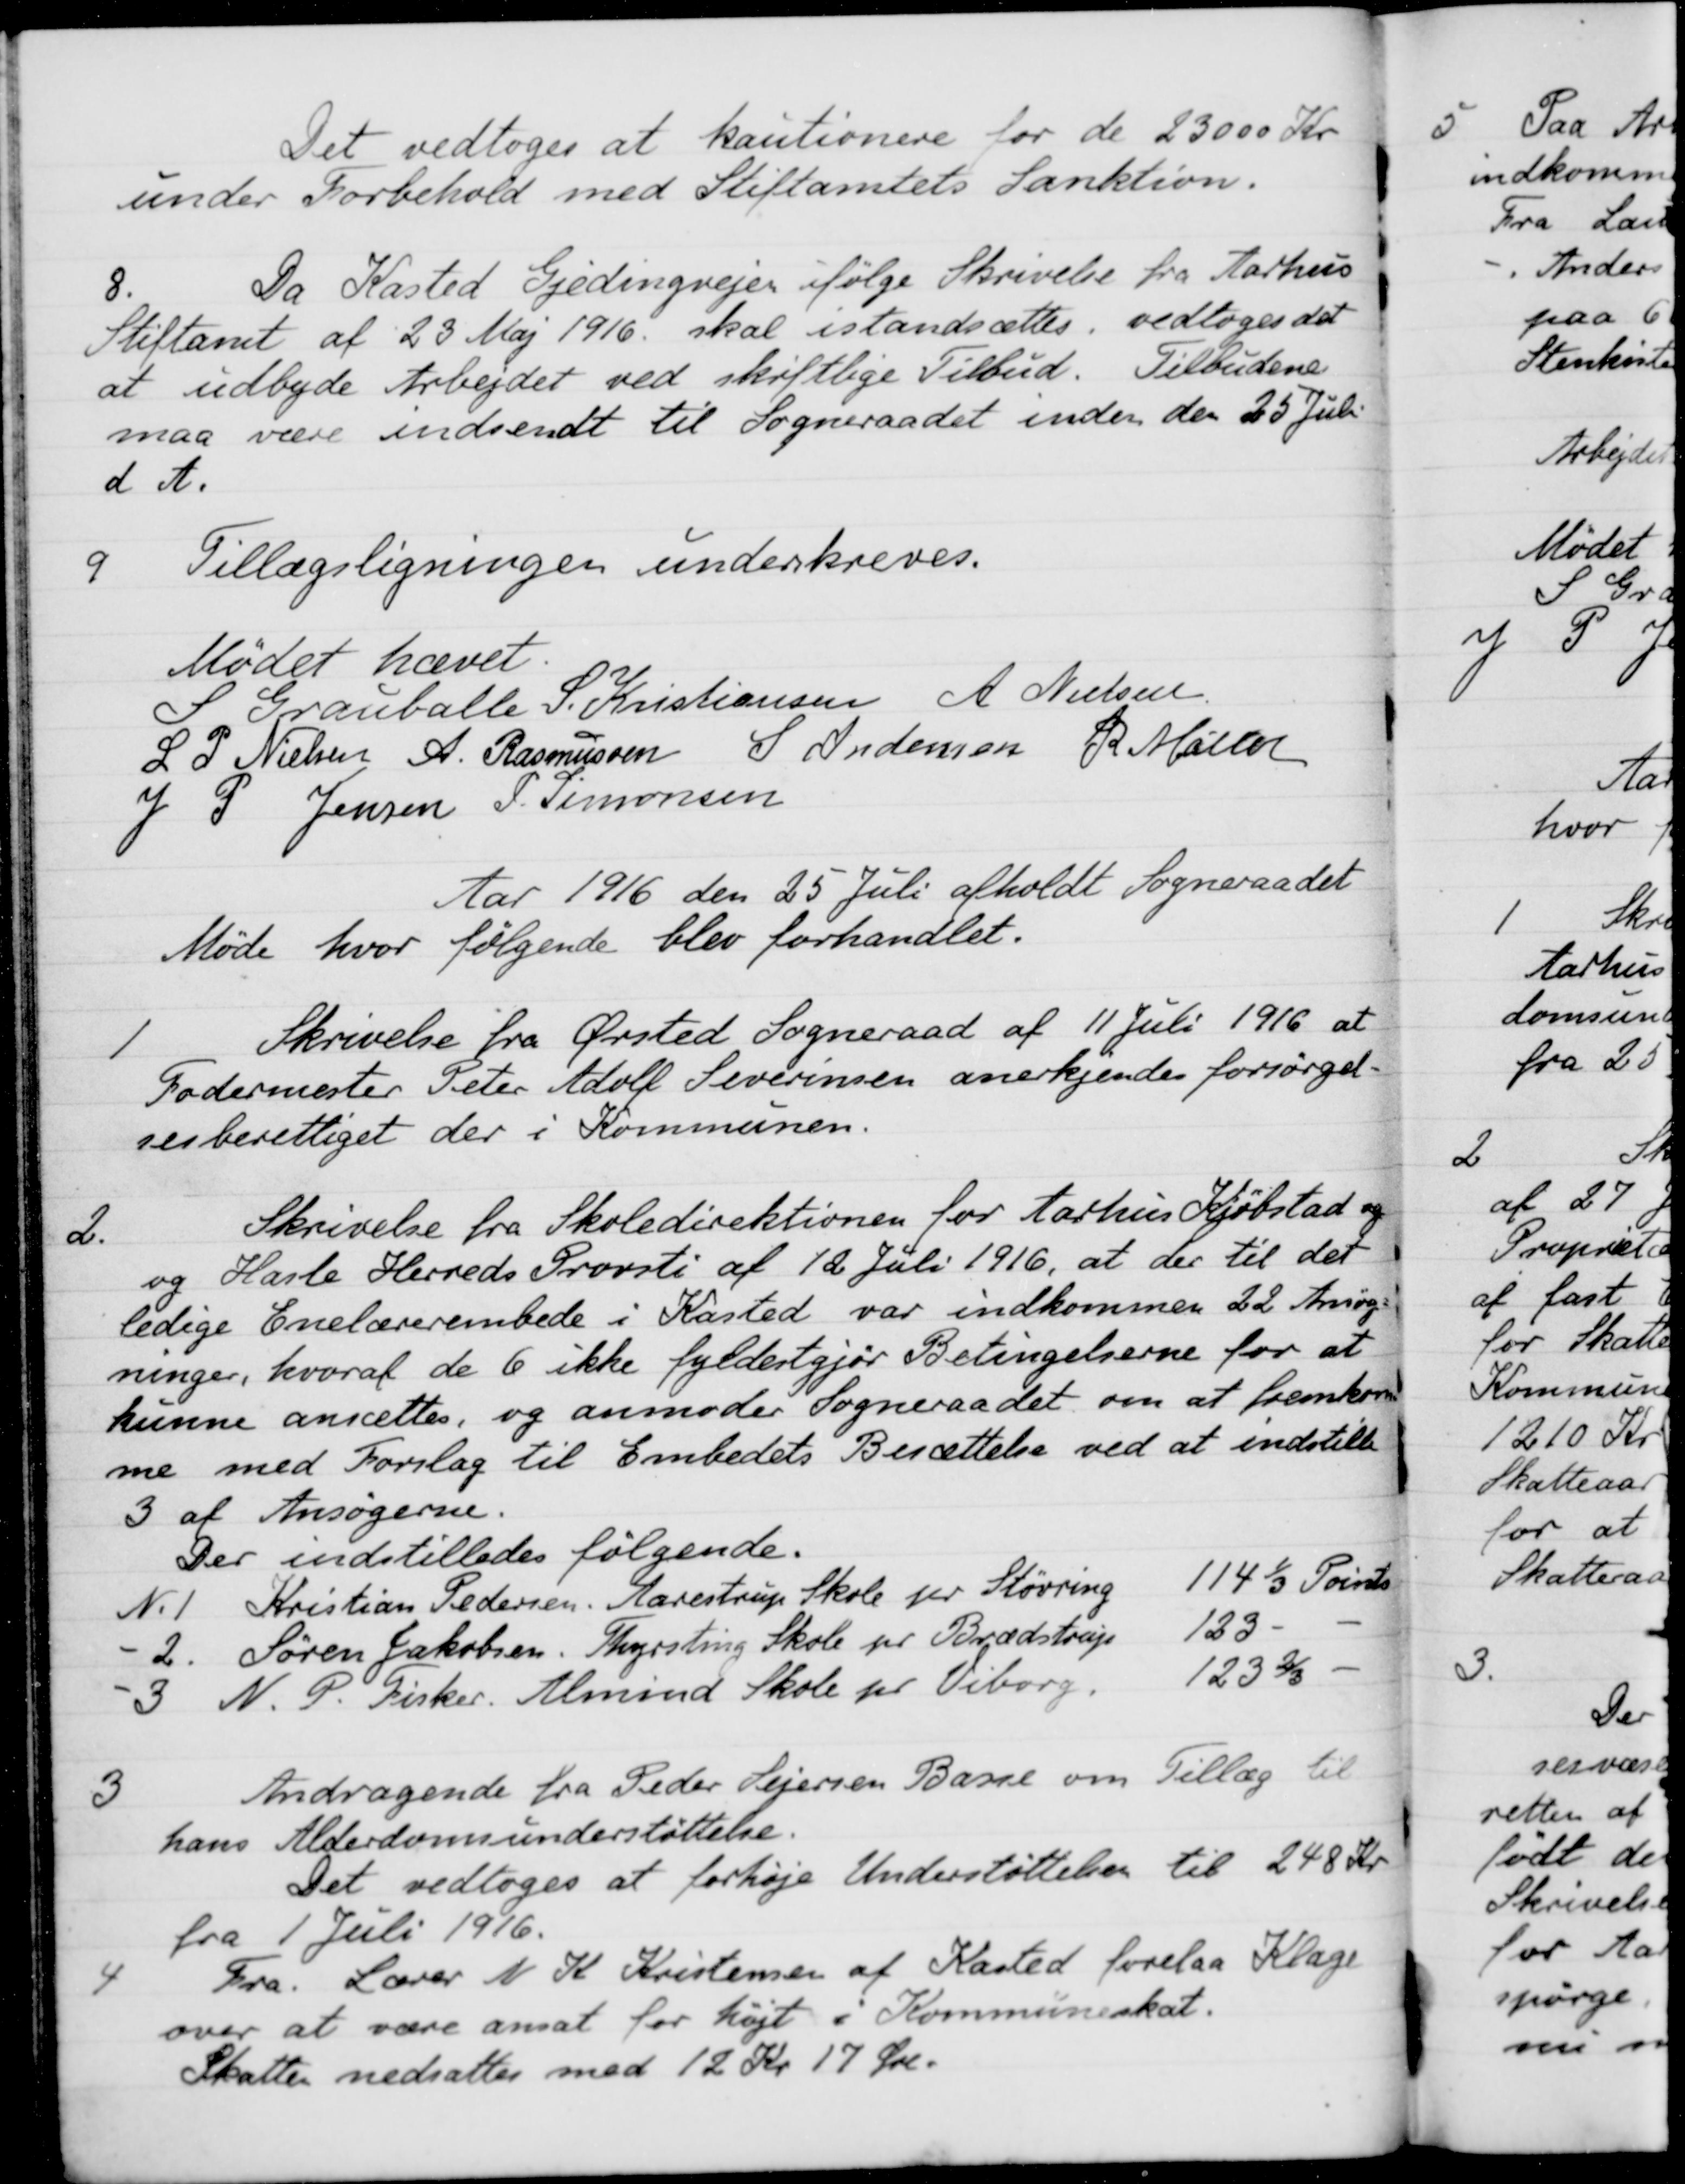
Transskription:
Det vedtoges at kautionere for de 23000 Kr
under Forbehold med Stiftamtets Sanktion.
8.
Da Kasted Gjedingvejen ifølge Skrivelse fra Aarhus
Stiftamt af 23 Maj 1916 skal istandsættes, vedtoges det
at udbyde Arbejdet ved skiftlige Tilbud. Tilbudene
maa være indsendt til Sogneraadet inden den 25 Juli
d. A.
9
Tillægsligningen underskreves.
Mødet hævet.
S Grauballe
S. Kristiansen
A. Nielsen
L P. Nielsen
A. Rasmussen
S Andersen
R. Møller
J P Jensen
P. Simonsen
Aar 1916 den 25 Juli afholdt Sogneraadet
Møde hvor følgende blev forhandlet.
1
Skrivelse fra Ørsted Sogneraad af 11 Juli 1916 at
Fodermester Peter Adolf Severensen anerkjendes forsørgel-
sesberettiget der i Kommunen.
2.
Skrivelse fra Skoledirektionen for Aarhus Kjøbstad og
og Hasle Herreds Provsti af 12 Juli 1916, at der til det
ledige Enelærerembede i Kasted var indkommen 22 Ansøg-
ninger, hvoraf de 6 ikke fyldestgjør Betingelserne for at
kunne ansættes, og anmoder Sogneraadet om at fremkom-
me med Forslag til Embedets Besættelse ved at indstille
3 af Ansøgerne.
Der indstilledes følgende.
N. 1 Kristian Pedersen, Aarestrup Skole for Støvring 114 1/3 Points
- 2. Søren Jakobsen. Thyrsting Skole pr Brædstrup 123
3 N. P. Fisker. Almind Skole pr. Viborg. 123 2/3
3
Andragende fra Peder Sejersen Basse om Tillæg til
hans Alderdomsunderstøttelse.
Det vedtoges at forhøje Understøttelsen til 248 Kr
fra 1 Juli 1916.
4
Fra Lærer N. K. Kristensen af Kasted forelaa Klage
over at være ansat for højt i Kommuneskat.
Skatte nedsattes med 12 Kr 17 Øre.